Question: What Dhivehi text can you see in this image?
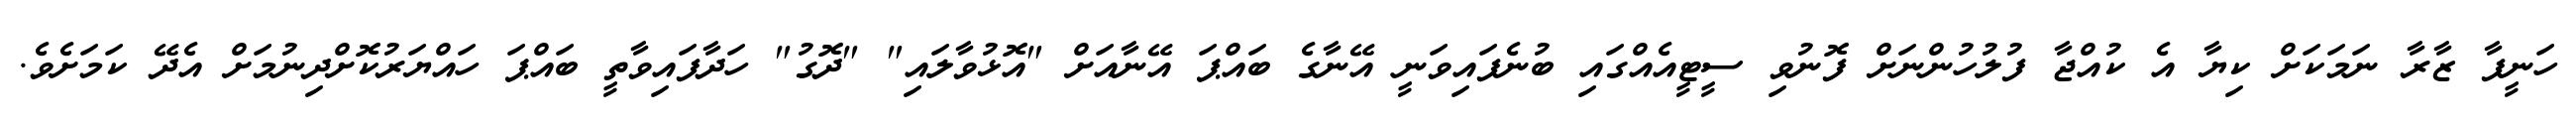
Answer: ހަނީފާ ޒާރާ ނަމަކަށް ކިޔާ އެ ކުއްޖާ ފުލުހުންނަށް ފޮނުވި ސީޓީއެއްގައި ބުނެފައިވަނީ އޭނާގެ ބައްޕަ އޭނާއަށް "އޮޅުވާލައި" "ދޮގު" ހަދާފައިވާތީ ބައްޕަ ހައްޔަރުކޮށްދިނުމަށް އެދޭ ކަމަށެވެ.